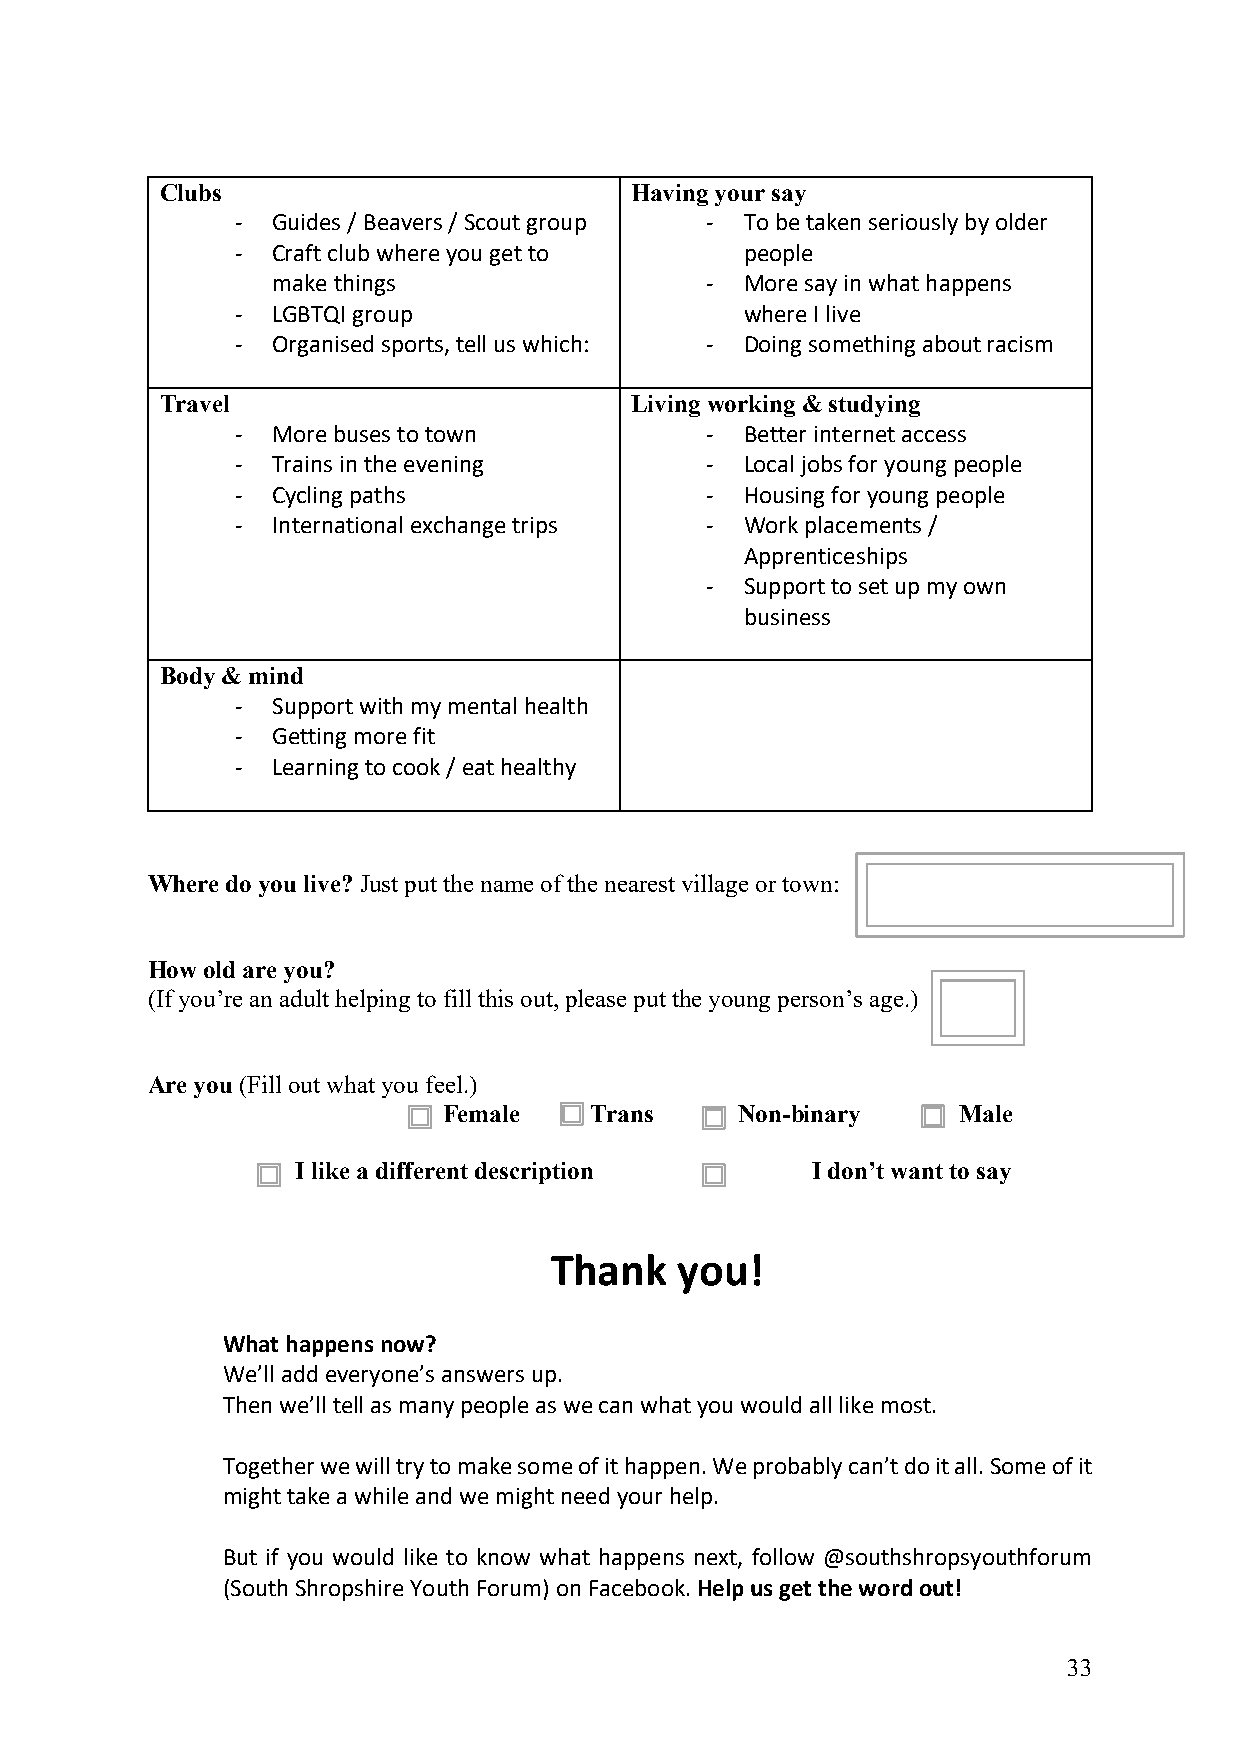
Clubs                          Having your say
 - Guides / Beavers / Scout group - To be taken seriously by older
 - Craft club where you get to    people
 make things                  - More say in what happens
 - LGBTQI group                   where I live
 - Organised sports, tell us which: - Doing something about racism
 Travel                         Living working & studying
 - More buses to town           - Better internet access
 - Trains in the evening        - Local jobs for young people
 - Cycling paths                - Housing for young people
 - International exchange trips - Work placements /
 Apprenticeships
 - Support to set up my own
 business
 Body & mind
 - Support with my mental health
 - Getting more fit
 - Learning to cook / eat healthy
 Where do you live? Just put the name of the nearest village or town:
 How old are you?
 (If you’re an adult helping to fill this out, please put the young person’s age.)
 Are you (Fill out what you feel.)
 Female    Trans     Non-binary    Male
 I like a different description    I don’t want to say
 Thank    you!
 What happens now?
 We’ll add everyone’s answers up.
 Then we’ll tell as many people as we can what you would all like most.
 Together we will try to make some of it happen. We probably can’t do it all. Some of it
 might take a while and we might need your help.
 But if you would like to know what happens next, follow @southshropsyouthforum
 (South Shropshire Youth Forum) on Facebook. Help us get the word out!
 33